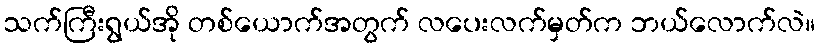
သက်ကြီးရွယ်အို တစ်ယောက်အတွက် လပေးလက်မှတ်က ဘယ်လောက်လဲ။